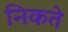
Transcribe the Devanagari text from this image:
निकते